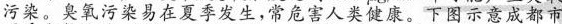
污染。臭氧污染易在夏季发生，常危害人类健康。下图示意成都市